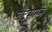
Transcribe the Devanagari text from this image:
बैट्समैन